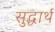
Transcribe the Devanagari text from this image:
सुद्धार्थ